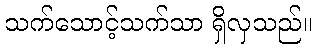
သက်သောင့်သက်သာ ရှိလှသည်။